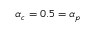
\alpha _ { c } = 0 . 5 = \alpha _ { p }